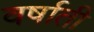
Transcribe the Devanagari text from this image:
वर्षाती